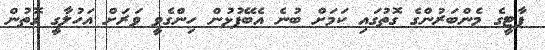
ޕާޓީގެ މެންބަރުންގެ ގޮތުގައި ކަމަށް ބުނެ އެބޭފުޅުން ހިންގެވީ ވަރަށް އަހުލާގީ ގޮތުން